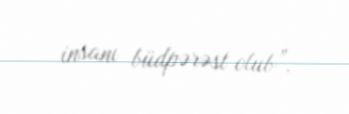
insanı büdpərəst olub”.